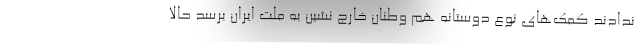
ندادند کمک‌های نوع دوستانه هم وطنان خارج نشین به ملت ایران برسد حالا